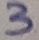
Text: 3